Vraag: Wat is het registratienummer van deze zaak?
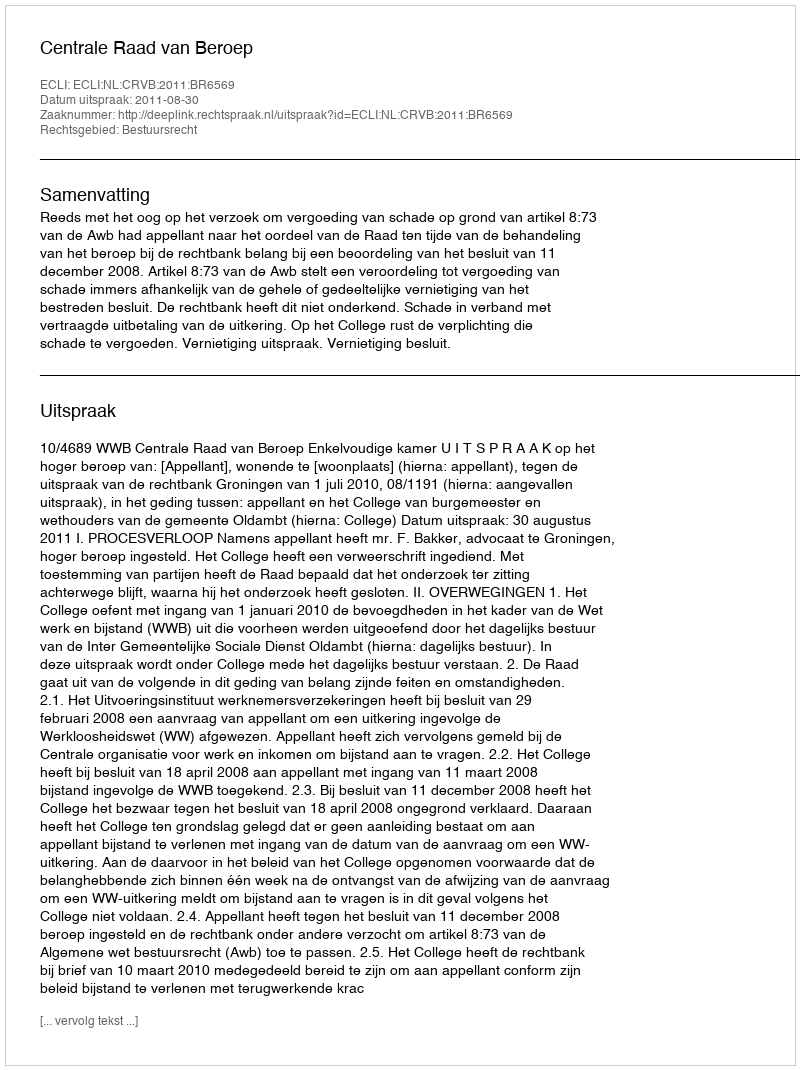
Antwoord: http://deeplink.rechtspraak.nl/uitspraak?id=ECLI:NL:CRVB:2011:BR6569